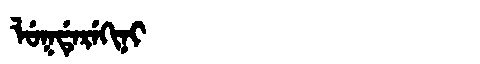
Manchu: ᠯᡠᡴᡩᡝᡵᡝᡴᡳᠨᡳ
Romanization: LUKDEREKINI